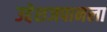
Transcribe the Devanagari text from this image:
उद्देशजपानला